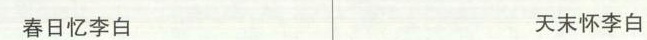
春日忆李白 天末怀李白